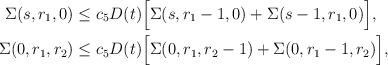
LaTeX: \begin{align*} \Sigma(s,r_1,0)&\le c_5 D(t) \Big[\Sigma(s,r_1-1,0)+ \Sigma(s-1,r_1,0)\Big],\\ \Sigma(0,r_1,r_2)&\le c_5 D(t) \Big[\Sigma(0,r_1,r_2-1)+ \Sigma(0,r_1-1,r_2)\Big],\end{align*}